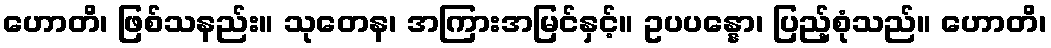
ဟောတိ၊ ဖြစ်သနည်း။ သုတေန၊ အကြားအမြင်နှင့်။ ဥပပန္နော၊ ပြည့်စုံသည်။ ဟောတိ၊